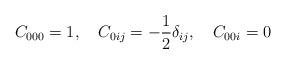
LaTeX: \begin{align*}C_{000}=1,\quad C_{0ij}=-\frac{1}{2}\delta_{ij},\quad C_{00i}=0\end{align*}